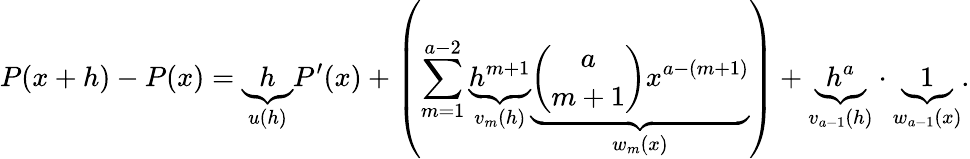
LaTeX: P(x+h)-P(x)=\underbrace{h}_{u(h)}P^{\prime}(x)+\left(\sum_{m=1}^{a-2}\underbrace{h^{m+1}}_{v_{m}(h)}\underbrace{\binom{a}{m+1}x^{a-(m+1)}}_{w_{m}(x)}\right)+\underbrace{h^{a}}_{v_{a-1}(h)}\cdot\underbrace{1}_{w_{a-1}(x)}.